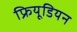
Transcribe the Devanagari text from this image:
फ्रियूडियन